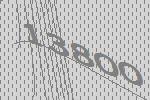
13800